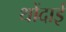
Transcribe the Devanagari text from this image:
थोंदाई